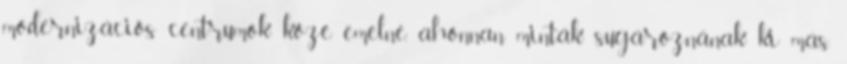
modernizációs centrumok közé emelné, ahonnan minták sugároznának ki más,